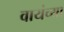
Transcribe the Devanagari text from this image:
वायंच्या